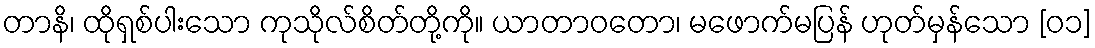
တာနိ၊ ထိုရှစ်ပါးသော ကုသိုလ်စိတ်တို့ကို။ ယာတာဝတော၊ မဖောက်မပြန် ဟုတ်မှန်သော [၀၁]